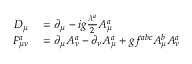
\begin{array} { r l } { D _ { \mu } } & { { } = \partial _ { \mu } - i g \frac { \lambda ^ { a } } { 2 } A _ { \mu } ^ { a } } \\ { F _ { \mu \nu } ^ { a } } & { { } = \partial _ { \mu } A _ { \nu } ^ { a } - \partial _ { \nu } A _ { \mu } ^ { a } + g f ^ { a b c } A _ { \mu } ^ { b } A _ { \nu } ^ { a } } \end{array}